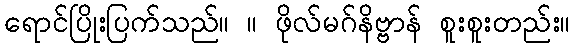
ရောင်ပြိုးပြက်သည်။ ။ ဖိုလ်မဂ်နိဗ္ဗာန် စူးစူးတည်း။